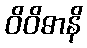
ဝိဝိဓာနိ